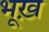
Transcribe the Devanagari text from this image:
भूख़